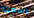
رسمية